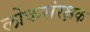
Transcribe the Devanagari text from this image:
लोकसंरक्षक